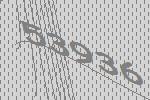
53936